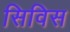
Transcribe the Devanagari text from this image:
सिविस